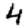
Digit: 4